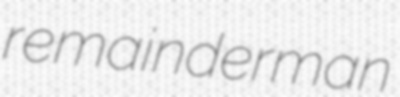
remainderman